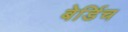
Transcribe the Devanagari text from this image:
बेर्डिच